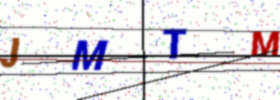
Text: JMTM